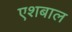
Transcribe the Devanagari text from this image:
एशबाल